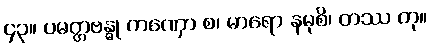
၄၃။ ပမတ္တဗန္ဓု ကဏှော စ၊ မာရော နမုစိ၊ တဿ တု။